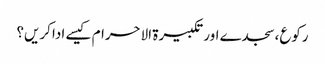
رکوع،سجدے اور تکبیرۃ الاحرام کیسے ادا کریں؟